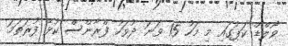
ވޯލްޑް ކަޕުގައި މި މަހު 15 ވަނަ ދުވަހު ފްރާންސް ކުޅޭ ފުރަތަމަ